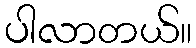
ပါလာတယ်။